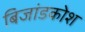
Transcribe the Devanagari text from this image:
बिजांडकोश